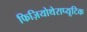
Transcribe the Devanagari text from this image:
फिज़ियोथेराप्यूटिक